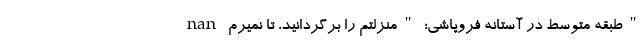
nan طبقه متوسط در آستانه فروپاشی؛ "منزلتم را برگردانید، تا نمیرم"